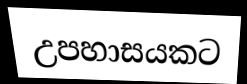
උපහාසයකට